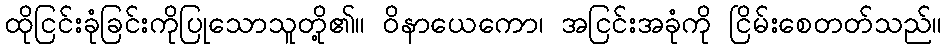
ထိုငြင်းခုံခြင်းကိုပြုသောသူတို့၏။ ဝိနာယေကော၊ အငြင်းအခုံကို ငြိမ်းစေတတ်သည်။